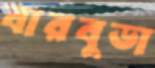
বারবুডা